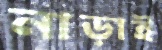
নাড়াই